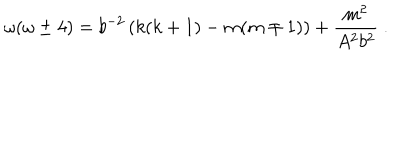
\omega ( \omega \pm 4 ) = b ^ { - 2 } \left( k ( k + 1 ) - m ( m \mp 1 ) \right) + \frac { m ^ { 2 } } { A ^ { 2 } b ^ { 2 } } \ .